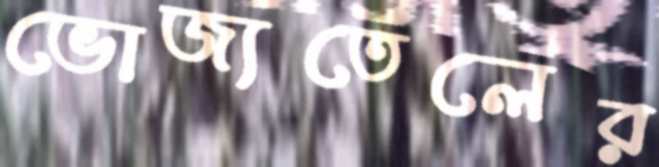
ভোজ্যতেলের